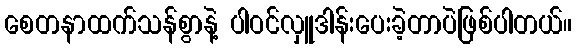
စေတနာထက်သန်စွာနဲ့ ပါဝင်လှူဒါန်းပေးခဲ့တာပဲဖြစ်ပါတယ်။